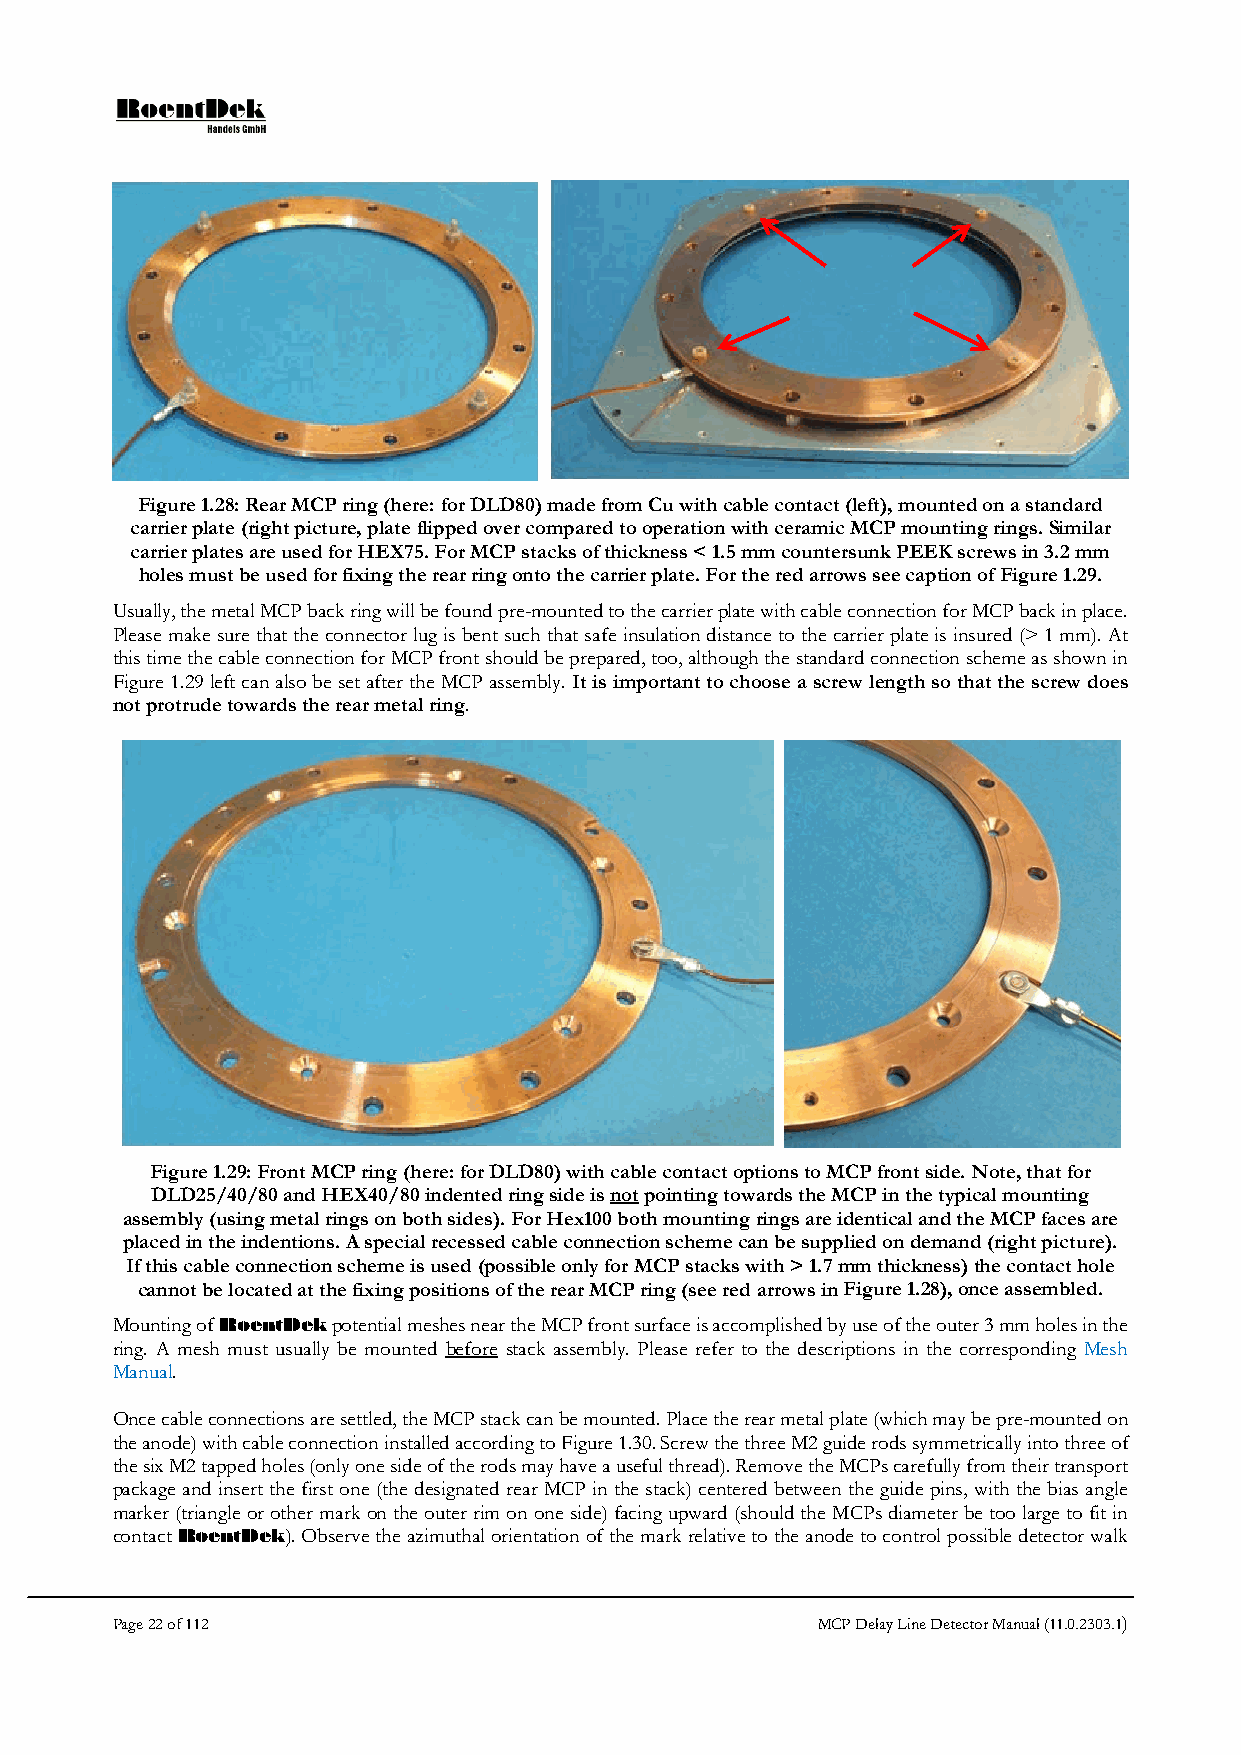
Figure 1.28: Rear MCP ring (here: for DLD80) made from Cu with cable contact (left), mounted on a standard
 carrier plate (right picture, plate flipped over compared to operation with ceramic MCP mounting rings. Similar
 carrier plates are used for HEX75. For MCP stacks of thickness < 1.5 mm countersunk PEEK screws in 3.2 mm
 holes must be used for fixing the rear ring onto the carrier plate. For the red arrows see caption of Figure 1.29.
 Usually, the metal MCP back ring will be found pre-mounted to the carrier plate with cable connection for MCP back in place.
 Please make sure that the connector lug is bent such that safe insulation distance to the carrier plate is insured (> 1 mm). At
 this time the cable connection for MCP front should be prepared, too, although the standard connection scheme as shown in
 Figure 1.29 left can also be set after the MCP assembly. It is important to choose a screw length so that the screw does
 not protrude towards the rear metal ring.
 Figure 1.29: Front MCP ring (here: for DLD80) with cable contact options to MCP front side. Note, that for
 DLD25/40/80 and HEX40/80 indented ring side is not pointing towards the MCP in the typical mounting
 assembly (using metal rings on both sides). For Hex100 both mounting rings are identical and the MCP faces are
 placed in the indentions. A special recessed cable connection scheme can be supplied on demand (right picture).
 If this cable connection scheme is used (possible only for MCP stacks with > 1.7 mm thickness) the contact hole
 cannot be located at the fixing positions of the rear MCP ring (see red arrows in Figure 1.28), once assembled.
 Mounting of RoentDek potential meshes near the MCP front surface is accomplished by use of the outer 3 mm holes in the
 ring. A mesh must usually be mounted before stack assembly. Please refer to the descriptions in the corresponding Mesh
 Manual.
 Once cable connections are settled, the MCP stack can be mounted. Place the rear metal plate (which may be pre-mounted on
 the anode) with cable connection installed according to Figure 1.30. Screw the three M2 guide rods symmetrically into three of
 the six M2 tapped holes (only one side of the rods may have a useful thread). Remove the MCPs carefully from their transport
 package and insert the first one (the designated rear MCP in the stack) centered between the guide pins, with the bias angle
 marker (triangle or other mark on the outer rim on one side) facing upward (should the MCPs diameter be too large to fit in
 contact RoentDek). Observe the azimuthal orientation of the mark relative to the anode to control possible detector walk
 Page 22 of 112                                 MCP Delay Line Detector Manual (11.0.2303.1)